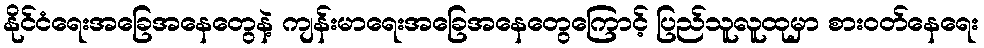
နိုင်ငံရေးအခြေအနေတွေနဲ့ ကျန်းမာရေးအခြေအနေတွေကြောင့် ပြည်သူလူထုမှာ စားဝတ်နေရေး